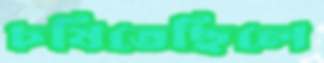
চষিতেছিলে